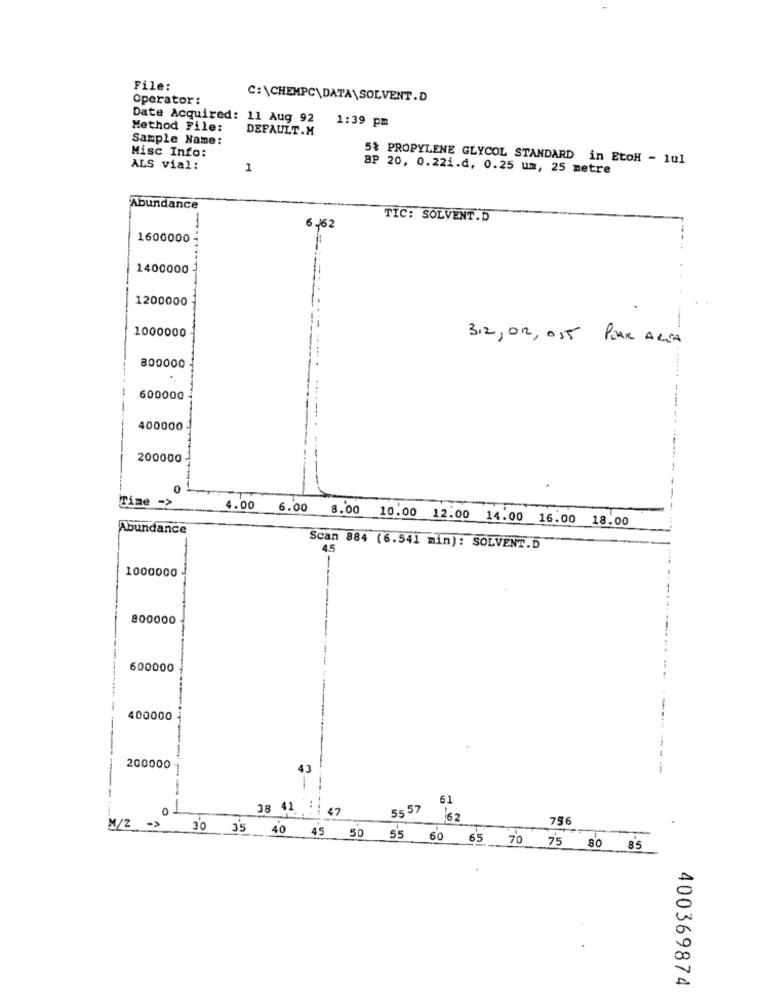
File:
Operator:
C:\CHEMPC\DATA\SOLVENT.D
Date Acquired: 11 Aug 92
1:39 pm
Method File:
DEFAULT.M
Sample Name:
Misc Info:
5% PROPYLENE GLYCOL STANDARD in EtoH - 1ul
ALS vial:
1
BP 20, 0.22i.d, 0.25 um, 25 metre
Abundance
TIC: SOLVENT.D
6.62
1600000
1400000
1200000
-
1000000
312, 012, 015 PEAR ALTA
800000
600000
400000
200000
0
Time ->
4.00
6.00 8.00 10.00 12.00 14.00 16.00 18.00
Abundance
Scan 884 (6.541 min): SOLVENT.D
45
1000000
800000
600000
400000
200000 1
43
-
---
61
38 41 : 47
55 57 62
756
M/2 ->
30 35 40 45 50 55 60 65 70 75 80 85
400369874